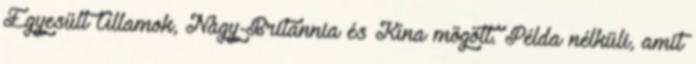
Egyesült Államok, Nagy-Britannia és Kína mögött. Példa nélküli, amit